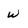
Character: w